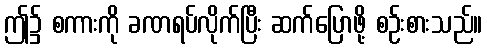
ဤ၌ စကားကို ခဏရပ်လိုက်ပြီး ဆက်ပြောဖို့ စဉ်းစားသည်။